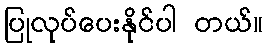
ပြုလုပ်ပေးနိုင်ပါ တယ်။